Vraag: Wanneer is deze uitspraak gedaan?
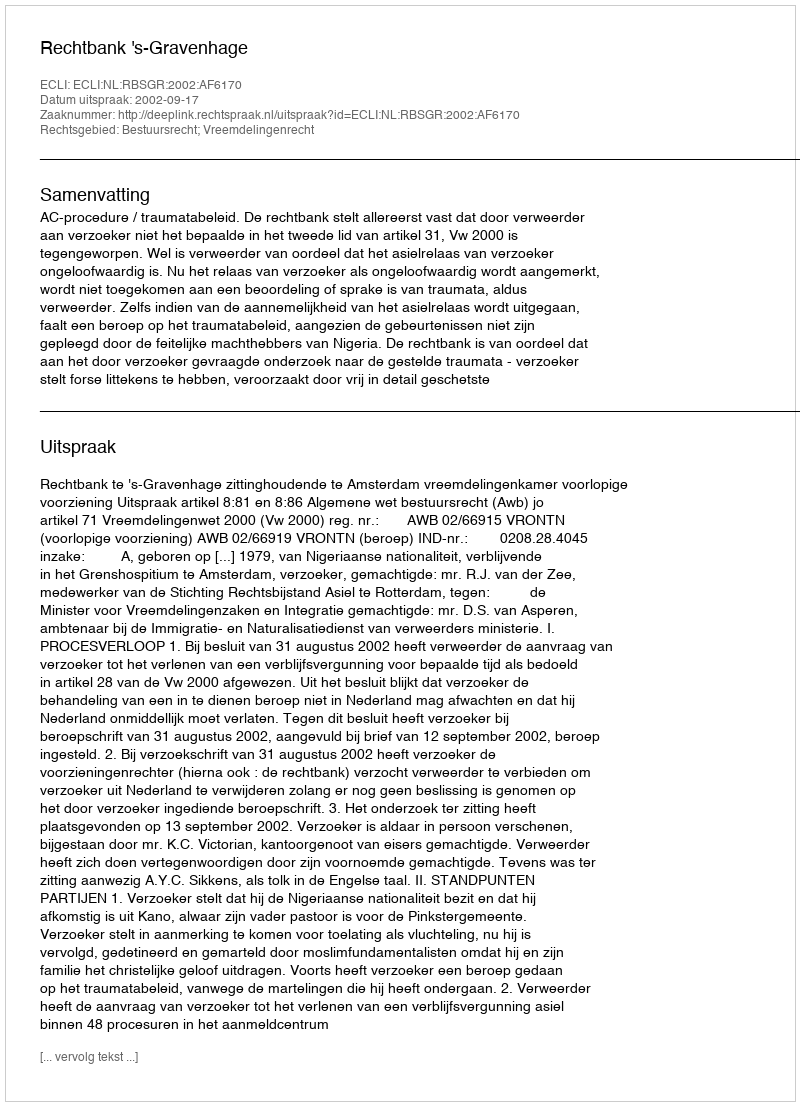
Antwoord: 2002-09-17